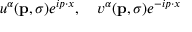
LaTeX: u ^ { \alpha } ( \mathbf { p } , \sigma ) e ^ { i p \cdot x } , \quad v ^ { \alpha } ( \mathbf { p } , \sigma ) e ^ { - i p \cdot x }